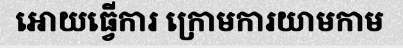
អោយធ្វើការ ក្រោមការយាមកាម